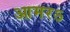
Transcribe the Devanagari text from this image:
आमरऽ